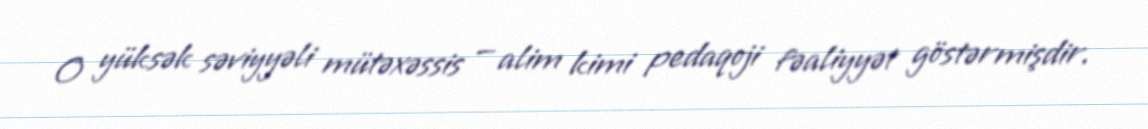
O yüksək səviyyəli mütəxəssis — alim kimi pedaqoji fəaliyyət göstərmişdir.